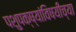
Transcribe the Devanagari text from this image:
पशुपक्ष्यांविषयीच्या